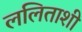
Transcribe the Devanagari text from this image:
ललिताशी